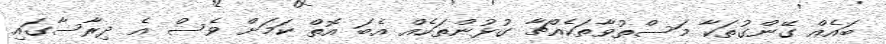
ބައެއް ގޭންގުތަކާ މަސްތުވާތަކެއްޗާ ގުޅުންތަކެއް އެބަ އޮތް ކަމަށް ވެސް އެ ދިރާސާގައި